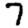
Digit: 7